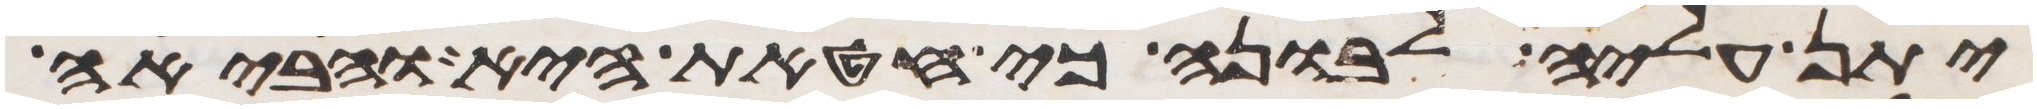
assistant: יתן עליה לבונה כי חטאת היא והביאה